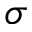
\sigma